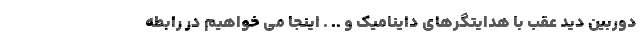
دوربین دید عقب با هدایتگرهای داینامیک و .. . اینجا می خواهیم در رابطه